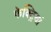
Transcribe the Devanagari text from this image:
फेक्ट्रियां